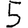
Digit: 5